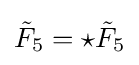
{\tilde {F}}_{5}=\star {\tilde {F}}_{5}